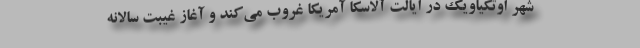
شهر اوتکیاویک در ایالت آلاسکا آمریکا غروب می‌کند و آغاز غیبت سالانه